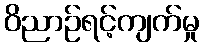
ဝိညာဉ်ရင့်ကျက်မှု